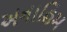
અનાહિમ